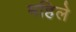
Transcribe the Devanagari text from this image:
महिले